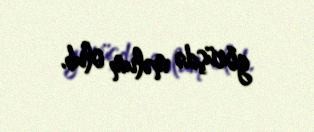
görüşdə məlum olub.